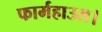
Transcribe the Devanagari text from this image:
फार्महाउस।